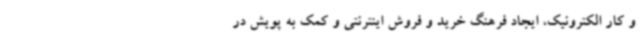
و کار الکترونیک، ایجاد فرهنگ خرید و فروش اینترنتی و کمک به پویش در